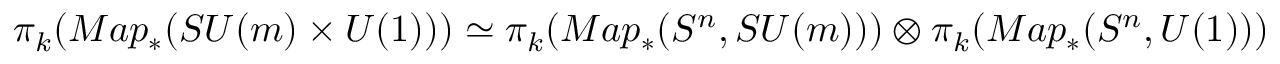
\pi _ { k } ( M a p _ { \ast } ( S U ( m ) \times U ( 1 ) ) ) \simeq \pi _ { k } ( M a p _ { \ast } ( S ^ { n } , S U ( m ) ) ) \otimes \pi _ { k } ( M a p _ { \ast } ( S ^ { n } , U ( 1 ) ) )